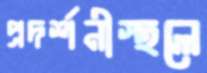
প্রদর্শনীস্থলে